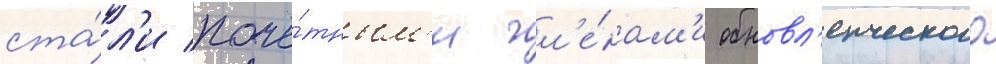
ста́л'и почё́тным'и чл'е́нам'и обновл'енческого